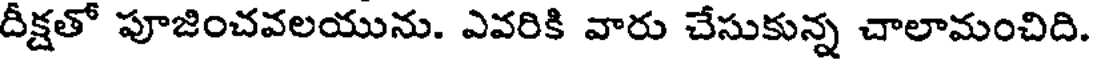
దీక్షతో పూజించవలయును. ఎవరికి వారు చేసుకున్న చాలామంచిది.